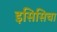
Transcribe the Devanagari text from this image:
इसिसिचा